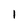
Character: 1